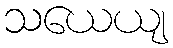
သယေယျ